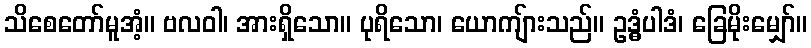
သိစေတော်မူအံ့။ ဗလဝါ၊ အားရှိသော။ ပုရိသော၊ ယောကျ်ားသည်။ ဥဒ္ဓံပါဒံ၊ ခြေမိုးမျှော်။